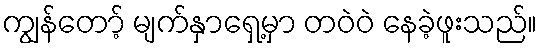
ကျွန်တော့် မျက်နှာရှေ့မှာ တဝဲဝဲ နေခဲ့ဖူးသည်။